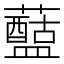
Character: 𧃗